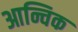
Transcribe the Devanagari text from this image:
आन्चिक